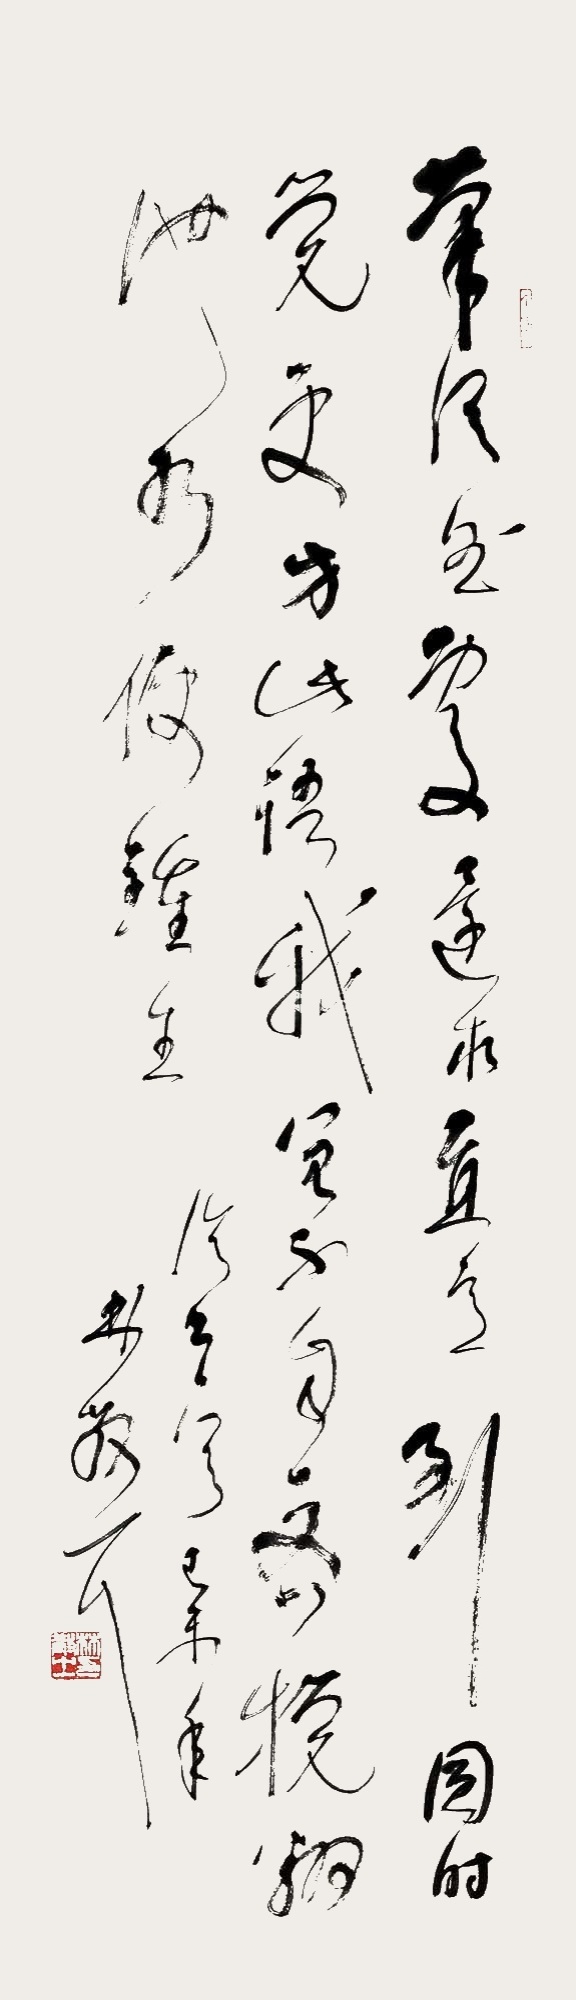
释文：笔从曲处还求直，意到圆时更觉方。此语我曾不自吝，搅翻池水便钟王。己未年林散耳。